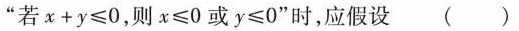
”若$$x + y ≤ 0$$，则$$x ≤ 0$$或$$y ≤ 0$$”时，应假设()